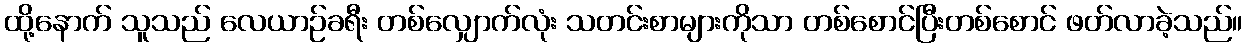
ထို့နောက် သူသည် လေယာဉ်ခရီး တစ်လျှောက်လုံး သတင်းစာများကိုသာ တစ်စောင်ပြီးတစ်စောင် ဖတ်လာခဲ့သည်။